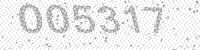
Solution: 005317